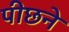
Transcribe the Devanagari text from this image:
पीछने